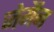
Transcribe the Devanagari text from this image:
जेर्मैन